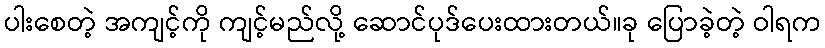
ပါးစေတဲ့ အကျင့်ကို ကျင့်မည်လို့ ဆောင်ပုဒ်ပေးထားတယ်။ခု ပြောခဲ့တဲ့ ဝါရက